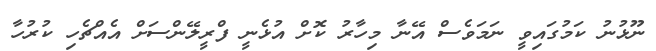
ނޫޅުނު ކަމުގައިވީ ނަމަވެސް އޭނާ މިހާރު ކޮށް އުޅެނީ ފްރީލޭންސަށް އެއްޗެހި ކުރުހާ